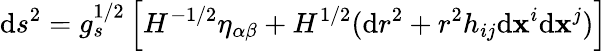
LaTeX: \mathrm{d}s^{2}=g_{s}^{1/2}\left[H^{-1/2}\eta_{\alpha\beta}+H^{1/2}(\mathrm{d}r^{2}+r^{2}h_{ij}\mathrm{d}\mathbf{x}^{i}\mathrm{d}\mathbf{x}^{j})\right]